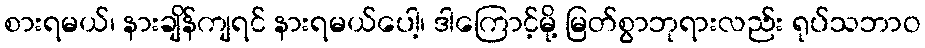
စားရမယ်၊ နားချိန်ကျရင် နားရမယ်ပေါ့၊ ဒါကြောင့်မို့ မြတ်စွာဘုရားလည်း ရုပ်သဘာဝ